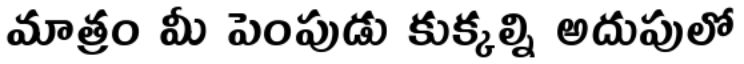
మాత్రం మీ పెంపుడు కుక్కల్ని అదుపులో